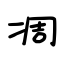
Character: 凋